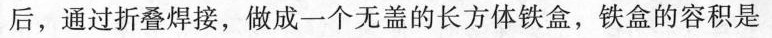
后，通过折叠焊接，做成一个无盖的长方体铁盒，铁盒的容积是